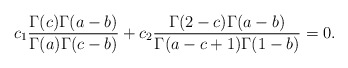
\begin{align*}c_1\frac{\Gamma(c)\Gamma(a-b)}{\Gamma(a)\Gamma(c-b)}+c_2\frac{\Gamma(2-c)\Gamma(a-b)}{\Gamma(a-c+1)\Gamma(1-b)}=0.\end{align*}